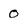
Character: 0